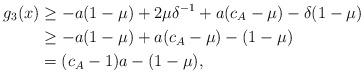
LaTeX: \begin{align*}g_3(x) &\geq -a(1-\mu) + 2 \mu \delta^{-1} + a (c_A -\mu) -\delta(1 - \mu)\\&\geq -a(1-\mu) +a(c_A-\mu) - (1 -\mu)\\&= (c_A - 1) a - (1 - \mu) ,\end{align*}